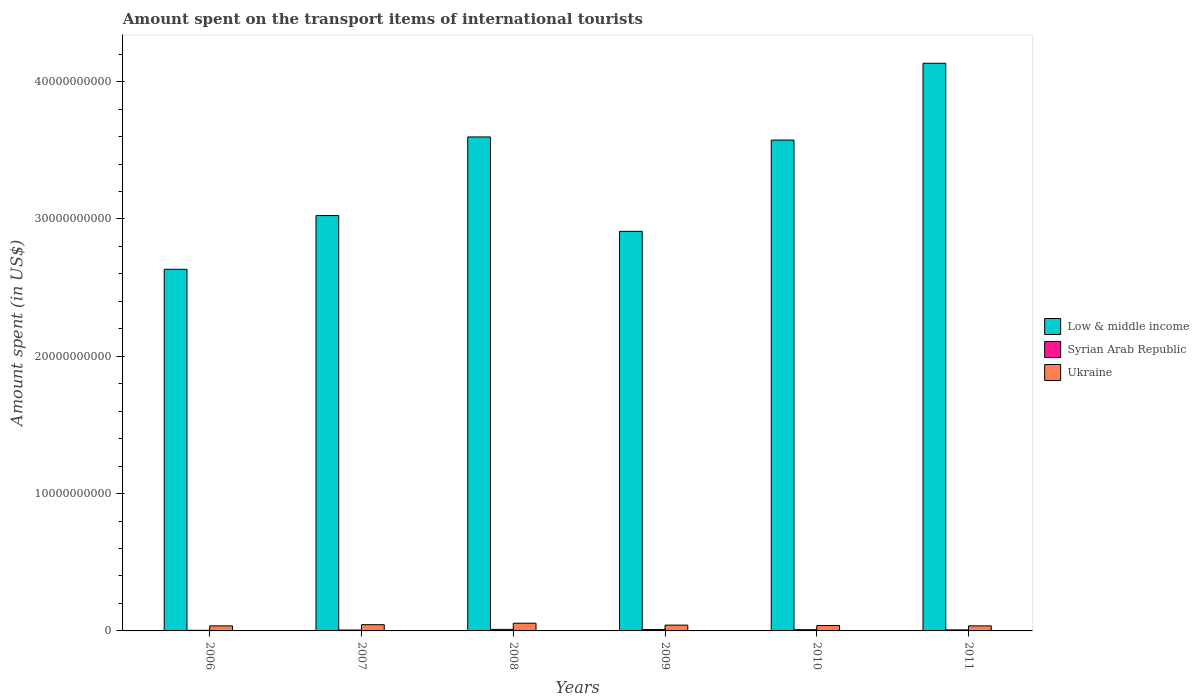
| Years | Low & middle income | Syrian Arab Republic | Ukraine |
 | --- | --- | --- | --- |
 | 2006 | 2.63e+10 | 4.5e+07 | 3.68e+08 |
 | 2007 | 3.02e+10 | 6.5e+07 | 4.53e+08 |
 | 2008 | 3.6e+10 | 1.12e+08 | 5.62e+08 |
 | 2009 | 2.91e+10 | 9.8e+07 | 4.21e+08 |
 | 2010 | 3.57e+10 | 8.8e+07 | 3.92e+08 |
 | 2011 | 4.13e+10 | 7.6e+07 | 3.68e+08 |